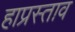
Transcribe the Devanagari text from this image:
हाप्रस्ताव